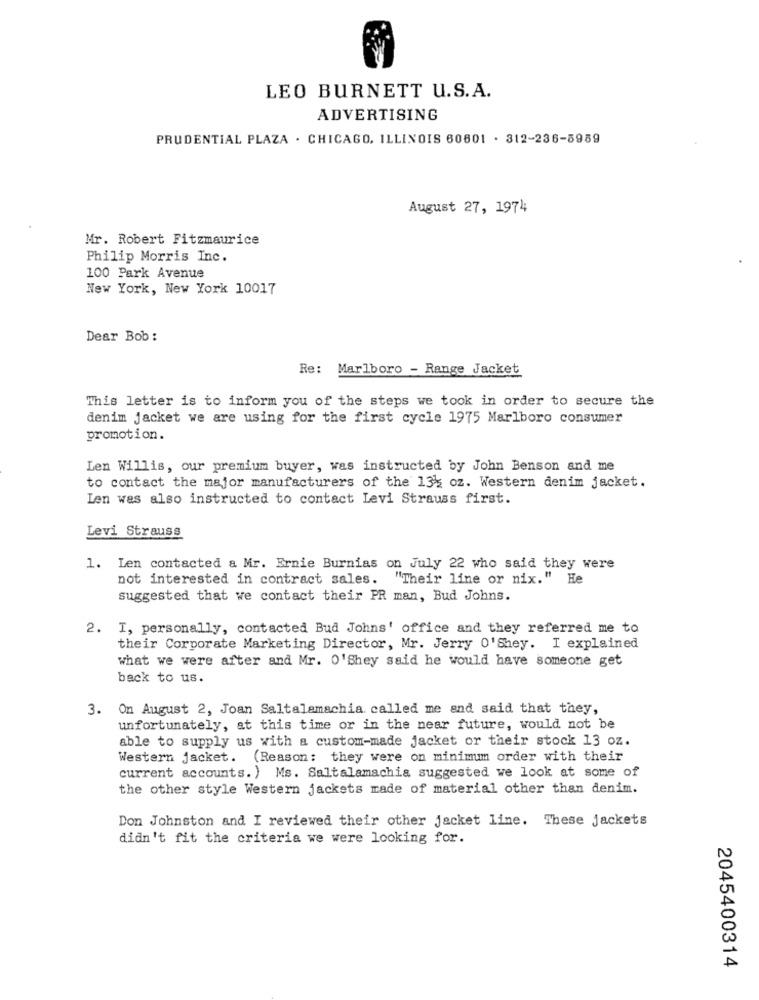
LEO BURNETT U.S.A.
ADVERTISING
PRUDENTIAL PLAZA . CHICAGO, ILLINOIS 60801 . 312-236-5989
August 27, 1974
Mr. Robert Fitzmaurice
Philip Morris Inc.
100 Park Avenue
New York, New York 10017
Dear Bob :
Re: Marlboro - Range Jacket
This letter is to inform you of the steps we took in order to secure the
denim jacket we are using for the first cycle 1975 Marlboro consumer
promotion.
Len Willis, our premium buyer, was instructed by John Benson and me
to contact the major manufacturers of the 13% oz. Western denim jacket.
Len was also instructed to contact Levi Strauss first.
Levi Strauss
1. Len contacted a Mr. Ernie Burnias on July 22 who said they were
not interested in contract sales. "Their line or nix." He
suggested that we contact their PR man, Bud Johns.
2. I, personally, contacted Bud Johns' office and they referred me to
their Corporate Marketing Director, Mr. Jerry 0'Shey. I explained
what we were after and Mr. O'Shey said he would have someone get
back to us.
3. On August 2, Joan Saltalamachia called me and said that they,
unfortunately, at this time or in the near future, would not be
able to supply us with a custom-made jacket or their stock 13 oz.
Western jacket. (Reason: they were on minimum order with their
current accounts. ) Ms. Saltalamachia suggested we look at some of
the other style Western jackets made of material other than denim.
Don Johnston and I reviewed their other jacket line. These jackets
didn't fit the criteria we were looking for.
2045400314